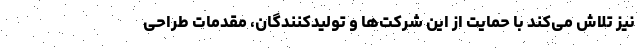
نیز تلاش می‌کند با حمایت از این شرکت‌ها و تولیدکنندگان، مقدمات طراحی